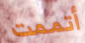
أتممت